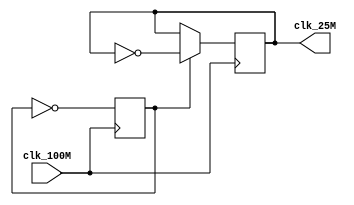
`timescale 1ns / 1ps
//////////////////////////////////////////////////////////////////////////////////
// Company: 
// Engineer: 
// 
// Design Name: 
// Module Name:    clock_100to25 
// Project Name: 
// Target Devices: 
// Tool versions: 
// Description: 
//
// Dependencies: 
//
// Revision: 
// Revision 0.01 - File Created
// Additional Comments: 
//
//////////////////////////////////////////////////////////////////////////////////
module clock_100to25(
    input clk_100M,
    output reg clk_25M = 0
    );
	reg count_bit = 0;
	always @(posedge clk_100M)
	begin
		count_bit = ~ count_bit;
		if (~count_bit)
			clk_25M = ~clk_25M;
	end
	
	

endmodule